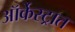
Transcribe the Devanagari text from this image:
ऑर्केस्ट्रात